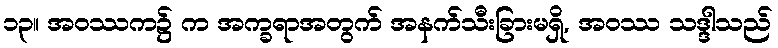
၁၃။ အဝဿက၌ က အက္ခရာအတွက် အနက်သီးခြားမရှိ, အဝဿ သဒ္ဒါသည်